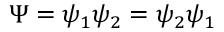
\Psi = \psi _ { 1 } \psi _ { 2 } = \psi _ { 2 } \psi _ { 1 }